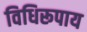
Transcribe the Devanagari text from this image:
विधिरूपाय